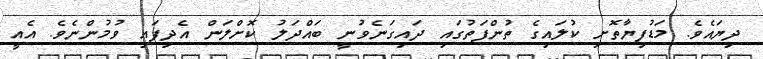
ދިޔައެވެ. މަޑުފިޔާތޮށި ކުލައިގެ ތުންފަތުގައި ދައިގަނެވުނީ ބައްދަލު ކޮށްލަން އެދިފައި ވުމުންނެވެ. އެއީ